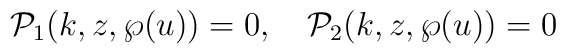
{\cal P}_1(k,z,\wp(u))=0,\quad {\cal P}_2(k,z,\wp(u))=0